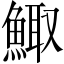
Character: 鯫